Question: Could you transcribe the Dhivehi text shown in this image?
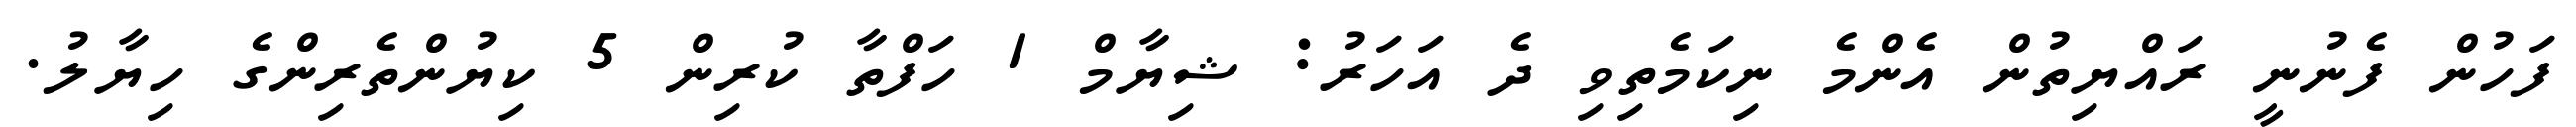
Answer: ފަހުން ފެނުނީ ރައްޔިތުން އެންމެ ނިކަމެތިވި ދެ އަހަރު: ޝިޔާމް 1 ހަފްތާ ކުރިން 5 ކިޔުންތެރިންގެ ހިޔާލު.